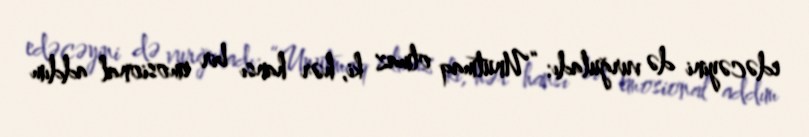
edəcəyini də vurğuladı: “Unutmaq olmaz ki, hər hansı bir emosional addım